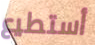
أستطيع